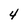
Character: 4